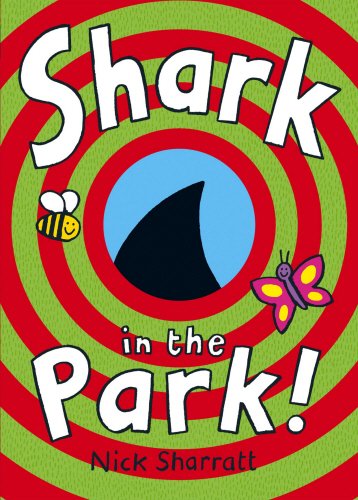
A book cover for Shark in the Park!. Nick Sharratt; Nick Sharratt; Humor & Entertainment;